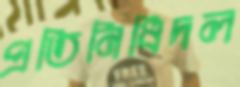
প্রতিনিধিদল